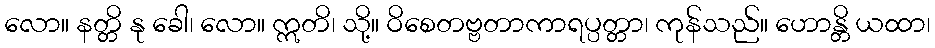
လော။ နတ္တိ နု ခေါ၊ လော။ ဣတိ၊ သို့။ ဝိစေတဗ္ဗတာကာရပ္ပတ္တာ၊ ကုန်သည်။ ဟောန္တိ ယထာ၊